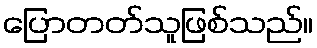
ပြောတတ်သူဖြစ်သည်။